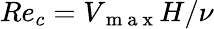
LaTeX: Re_{c}=V_{\mathrm{~m~a~x~}}H/\nu